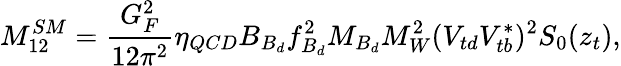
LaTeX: M_{12}^{SM}=\frac{G_{F}^{2}}{12\pi^{2}}\eta_{QCD}B_{B_{d}}f_{B_{d}}^{2}M_{B_{d}}M_{W}^{2}(V_{td}V_{tb}^{*})^{2}S_{0}(z_{t}),